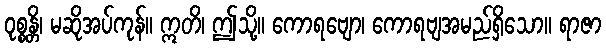
ဝုစ္စန္တိ၊ မဆိုအပ်ကုန်။ ဣတိ၊ ဤသို့။ ကောရဗျော၊ ကောရဗျအမည်ရှိသော။ ရာဇာ